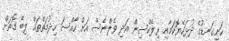
ހަށިގަނޑުގެ ދުޅަހެޔޮކަމާއި ރިލެކްސިން އަދި ވެލްނެސް އަށް ހާއްސަ ހިދުމަތްތައް ލިބޭ ގޮތަށް